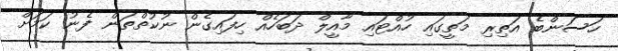
ހަސަންބެ އަތިރި މަތީގައި ހުއްޓައި މާއީލް ދަބަހެއް ހިފައިގެން ނުކުތްތަން ފެނު ކަމަށް